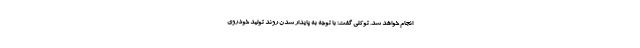
انجام خواهد شد. توکلی گفت: با توجه به پایدار شدن روند تولید خودروی